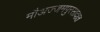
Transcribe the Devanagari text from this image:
मौअज्जमपुरसादात